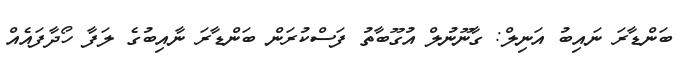
ބަންޑާރަ ނައިބު އަނިލް: ގާނޫނުލް އުގޫބާތު ފަސްކުރަން ބަންޑާރަ ނާއިބުގެ ލަފާ ހޯދާފައެއް